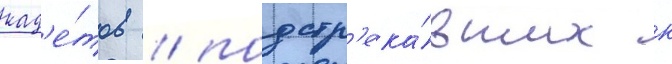
кад'е́тов / подстр'ека́вших к